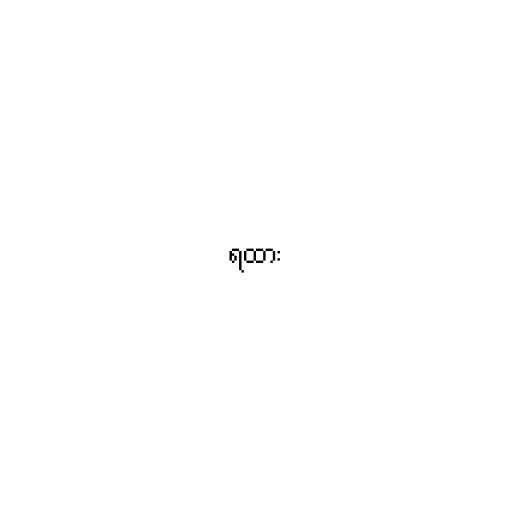
ရထား